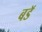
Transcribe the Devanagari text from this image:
बडॅ